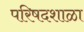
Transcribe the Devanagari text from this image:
परिषदशाळा